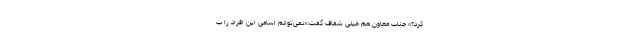
کرد؟» جناب معاون هم خیلی شفاف گفت:«نمی‌توانم اسامی این افراد را ب